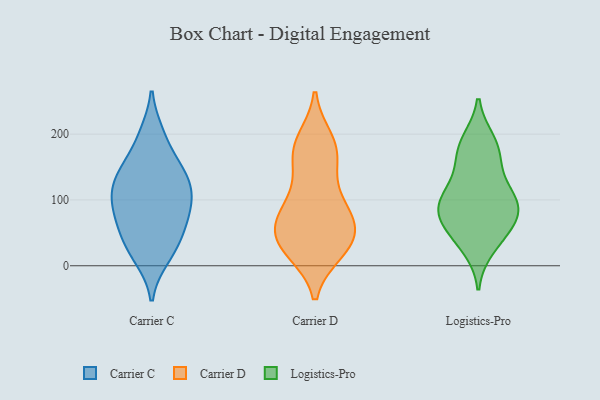
{"axis": {"x": "Budget (USD K)", "y": "Value"}, "legend": ["Carrier C", "Carrier D", "Logistics-Pro"], "data": [{"x": "", "y": 147, "type": "Carrier C"}, {"x": "", "y": 152, "type": "Carrier C"}, {"x": "", "y": 27, "type": "Carrier C"}, {"x": "", "y": 12, "type": "Carrier C"}, {"x": "", "y": 101, "type": "Carrier C"}, {"x": "", "y": 96, "type": "Carrier C"}, {"x": "", "y": 129, "type": "Carrier C"}, {"x": "", "y": 63, "type": "Carrier C"}, {"x": "", "y": 149, "type": "Carrier C"}, {"x": "", "y": 118, "type": "Carrier C"}, {"x": "", "y": 200, "type": "Carrier C"}, {"x": "", "y": 199, "type": "Carrier C"}, {"x": "", "y": 51, "type": "Carrier C"}, {"x": "", "y": 90, "type": "Carrier C"}, {"x": "", "y": 139, "type": "Carrier C"}, {"x": "", "y": 105, "type": "Carrier C"}, {"x": "", "y": 60, "type": "Carrier C"}, {"x": "", "y": 13, "type": "Carrier C"}, {"x": "", "y": 93, "type": "Carrier C"}, {"x": "", "y": 48, "type": "Carrier C"}, {"x": "", "y": 37, "type": "Carrier D"}, {"x": "", "y": 100, "type": "Carrier D"}, {"x": "", "y": 171, "type": "Carrier D"}, {"x": "", "y": 186, "type": "Carrier D"}, {"x": "", "y": 61, "type": "Carrier D"}, {"x": "", "y": 153, "type": "Carrier D"}, {"x": "", "y": 171, "type": "Carrier D"}, {"x": "", "y": 23, "type": "Carrier D"}, {"x": "", "y": 191, "type": "Carrier D"}, {"x": "", "y": 22, "type": "Carrier D"}, {"x": "", "y": 57, "type": "Carrier D"}, {"x": "", "y": 24, "type": "Carrier D"}, {"x": "", "y": 40, "type": "Carrier D"}, {"x": "", "y": 74, "type": "Carrier D"}, {"x": "", "y": 61, "type": "Carrier D"}, {"x": "", "y": 108, "type": "Carrier D"}, {"x": "", "y": 81, "type": "Carrier D"}, {"x": "", "y": 190, "type": "Logistics-Pro"}, {"x": "", "y": 119, "type": "Logistics-Pro"}, {"x": "", "y": 71, "type": "Logistics-Pro"}, {"x": "", "y": 187, "type": "Logistics-Pro"}, {"x": "", "y": 27, "type": "Logistics-Pro"}, {"x": "", "y": 163, "type": "Logistics-Pro"}, {"x": "", "y": 97, "type": "Logistics-Pro"}, {"x": "", "y": 119, "type": "Logistics-Pro"}, {"x": "", "y": 163, "type": "Logistics-Pro"}, {"x": "", "y": 52, "type": "Logistics-Pro"}, {"x": "", "y": 42, "type": "Logistics-Pro"}, {"x": "", "y": 91, "type": "Logistics-Pro"}, {"x": "", "y": 75, "type": "Logistics-Pro"}, {"x": "", "y": 85, "type": "Logistics-Pro"}, {"x": "", "y": 91, "type": "Logistics-Pro"}]}